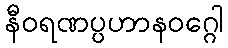
နီဝရဏပ္ပဟာနဝဂ္ဂေါ